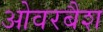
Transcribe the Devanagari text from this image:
ओवरबैश